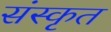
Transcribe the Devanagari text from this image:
संंस्कृृत